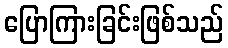
ပြောကြားခြင်းဖြစ်သည်